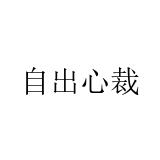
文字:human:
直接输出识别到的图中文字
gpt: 自出心裁